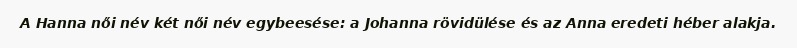
A Hanna női név két női név egybeesése: a Johanna rövidülése és az Anna eredeti héber alakja.